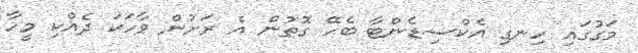
މަގުގައި ހިނގި އެކްސިޑެންޓާ ބެހޭ ގޮތުން އެ ރަށުން ވާހަކަ ދެއްކި މީހާ